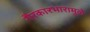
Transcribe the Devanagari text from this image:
गैरकारभारामुळे